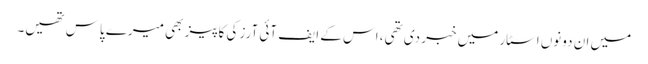
میں ان دونوں اسٹار میں خبر دی تھی، اس کے ایف آئی آرز کی کاپیز بھی میرے پاس تھیں۔